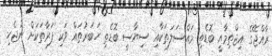
ރާއްޖޭގެ އިޖްތިމާއީ ބޮޑެތި މައްސަލަތަކާއި ސިޔާސީ ބޮޑެތި ހަބަރުތައް ވަކި ފަރާތަކަށް ނުޖެހި